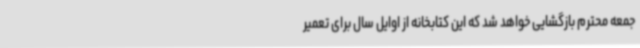
جمعه محترم بازگشایی خواهد شد که این کتابخانه از اوایل سال برای تعمیر